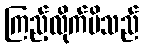
ကြည့်လိုက်မိသည်